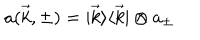
a ( \vec { k } , \pm ) = | \vec { k } \rangle \langle \vec { k } | \otimes a _ { \pm }